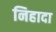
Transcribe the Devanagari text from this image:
निहादा